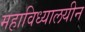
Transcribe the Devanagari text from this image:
महाविध्यालयीन